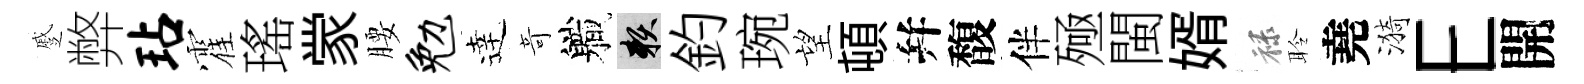
蹙弊玷霍瑤䝉腰勉逹竒軄賴釣琬望頓幷馥伴殛閩婿禄聆堯漪E開